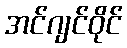
အင်ဂျင်ဝိုင်